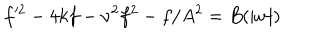
f ^ { \prime 2 } - 4 k f - \nu ^ { 2 } f ^ { 2 } - f / A ^ { 2 } = B ( | w | )